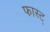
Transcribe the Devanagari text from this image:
फास्ट्